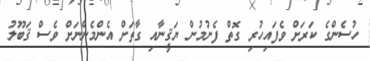
ހުސެންގެ ކަރަށް ވެފައިހުރި ގޮތް ފެނުމުން ޔަޤީނާއި ގާތަށް އެންމެންނަށް ވެސް ޤަބޫލު